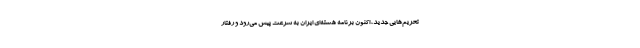
تحریم‌هایی جدید، اکنون برنامه هسته‌ای ایران به سرعت پیش می‌رود و رفتار